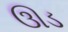
ઊડ